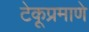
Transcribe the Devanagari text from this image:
टेकूप्रमाणे